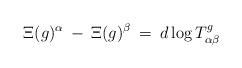
LaTeX: \begin{align*}\Xi(g)^{\alpha} \: - \: \Xi(g)^{\beta} \: = \:d \log T^g_{\alpha \beta}\end{align*}